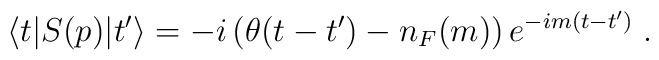
\langle t\vert S(p)\vert t'\rangle=-i\left(\theta(t-t')-n_F(m)\right) e^{-im(t-t')}\; .